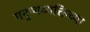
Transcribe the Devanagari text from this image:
मनुष्यव्यक्तिच्या